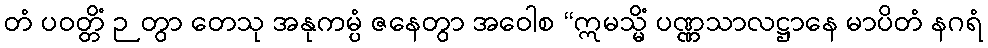
တံ ပဝတ္တိံ ဉတွာ တေသု အနုကမ္ပံ ဇနေတွာ အဝေါစ “ဣမသ္မိံ ပဏ္ဏသာလဋ္ဌာနေ မာပိတံ နဂရံ